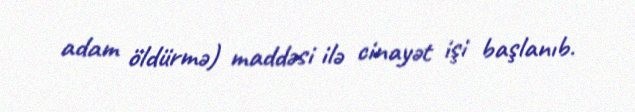
adam öldürmə) maddəsi ilə cinayət işi başlanıb.